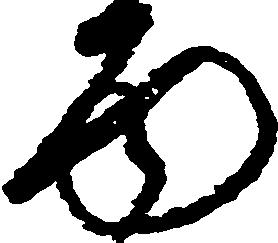
面